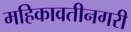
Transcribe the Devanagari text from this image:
महिकावतीनगरी